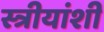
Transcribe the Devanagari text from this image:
स्त्रीयांशी